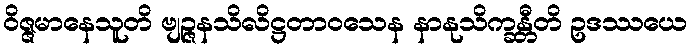
ဝိဇ္ဇမာနေသူတိ ဗျဉ္ဇနသိလိဋ္ဌတာဝသေန နာနုသိက္ခန္တီတိ ဥဒဿယေ